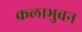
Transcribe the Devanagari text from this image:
कलाभुवन